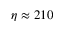
\eta \approx 2 1 0